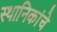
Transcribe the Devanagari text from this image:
स्थानिकांचे